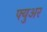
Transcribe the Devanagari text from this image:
फ्युअर